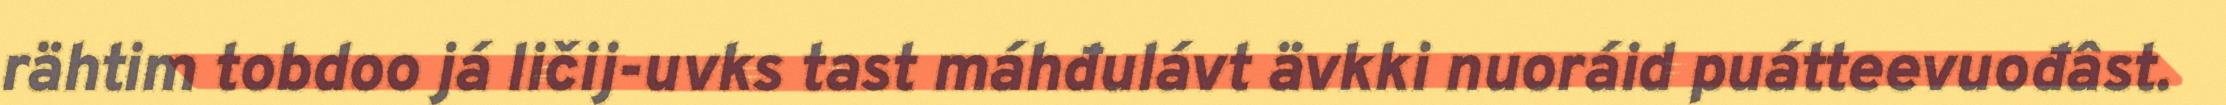
rähtim tobdoo já ličij-uvks tast máhđulávt ävkki nuoráid puátteevuođâst.